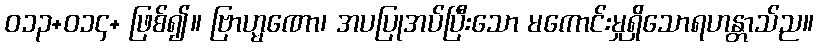
ဝ၁၃+၀၁၄+ ဖြစ်၍။ ဗြာဟ္မဏော၊ အပပြုအပ်ပြီးသော မကောင်းမှုရှိသောရဟန္တာသ်ည။